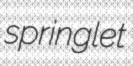
springlet